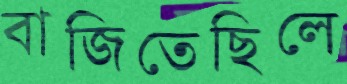
বাজিতেছিলে